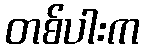
တစ်ပါးက